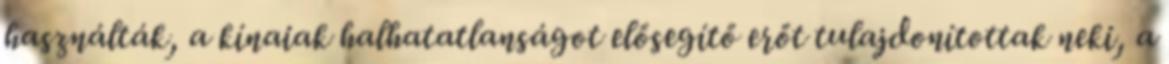
használták, a kínaiak halhatatlanságot elősegítő erőt tulajdonítottak neki, a